Annual statistical returns and brief notes on vaccination in Bengal - 1887-1898
Year: 1887
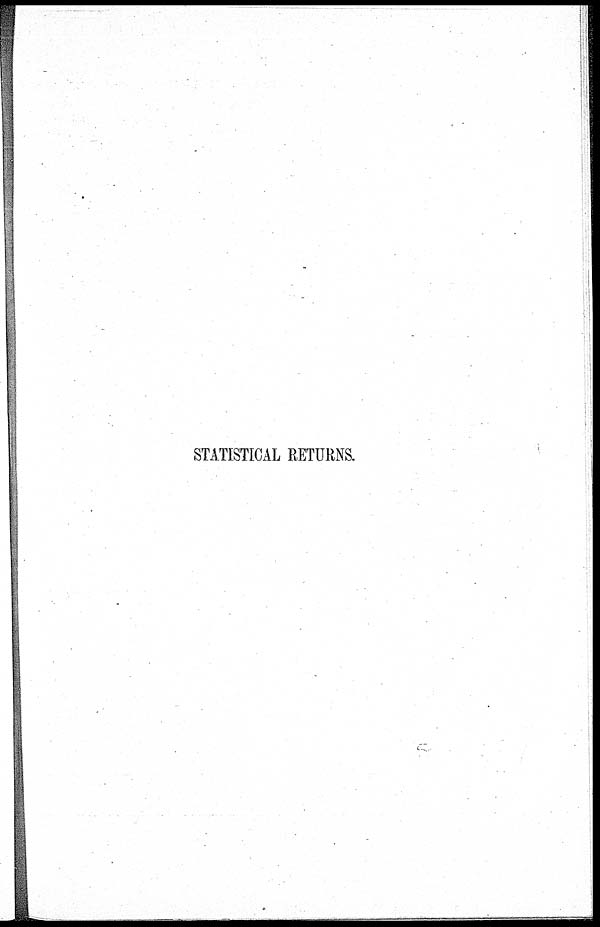
STATISTICAL RETURNS.